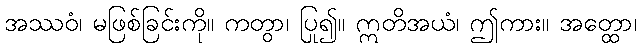
အဿဝံ၊ မဖြစ်ခြင်းကို။ ကတွာ၊ ပြု၍။ ဣတိအယံ၊ ဤကား။ အတ္ထော၊